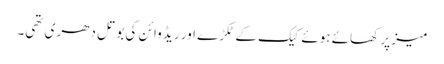
میز پر کھائے ہوئے کیک کے ٹکڑے اور ریڈ وائن کی بوتل دھری تھی۔